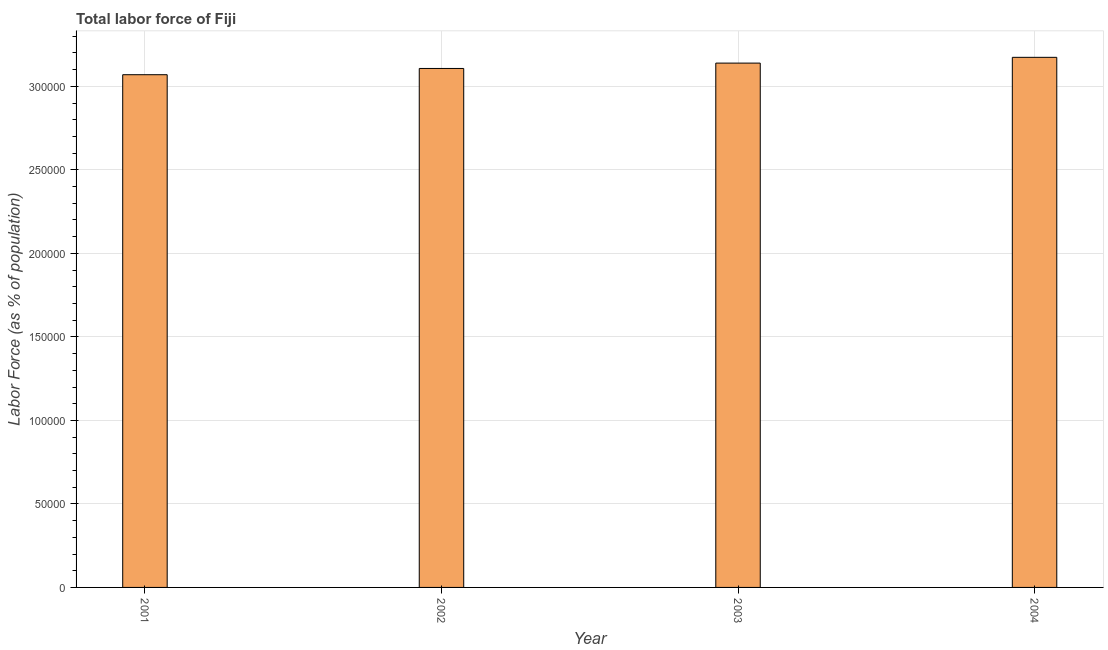
| Year | Labor force |
 | --- | --- |
 | 2001 | 3.07e+05 |
 | 2002 | 3.11e+05 |
 | 2003 | 3.14e+05 |
 | 2004 | 3.17e+05 |